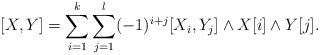
LaTeX: \begin{align*}[X,Y]=\sum_{i=1}^k\sum_{j=1}^l(-1)^{i+j}[X_i,Y_j]\wedge X[i]\wedge Y[j].\end{align*}